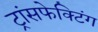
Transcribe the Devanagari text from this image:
ट्रांसफेक्टिंग